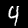
Digit: 4